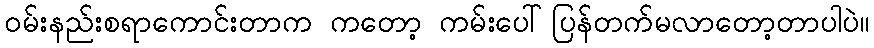
ဝမ်းနည်းစရာကောင်းတာက ကတော့ ကမ်းပေါ်ပြန်တက်မလာတော့တာပါပဲ။